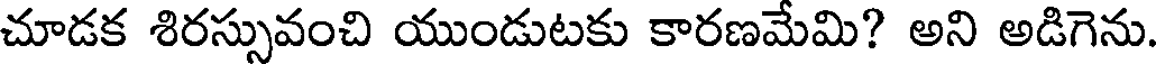
చూడక శిరస్సువంచి యుండుటకు కారణమేమి? అని అడిగెను